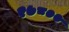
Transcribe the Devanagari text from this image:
२७८००